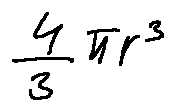
\frac { 4 } { 3 } \pi r ^ { 3 }